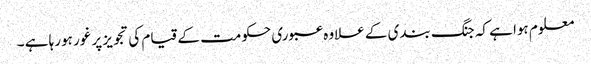
معلوم ہوا ہے کہ جنگ بندی کے علاوہ عبوری حکومت کے قیام کی تجویز پر غور ہورہا ہے ۔